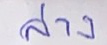
ล่าง